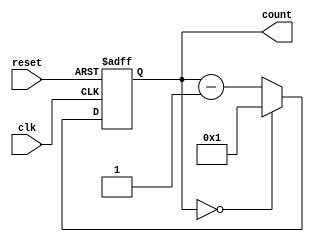
module contador_4bit_desc_lim5 (
  input clk, // Sinal de Clock (borda de subida)
  input reset, // Sinal de Reset
  output reg [3:0] count // Saída de 3 bits
);

  reg [3:0] next_count;

  always @(posedge clk or posedge reset) begin
    if (reset) begin
      // Se o sinal de Reset estiver ativo, resetamos para 5
      count <= 4'b0101;
    end else begin
      // Caso contrário, decrementamos o contador
      count <= next_count;
    end
  end

  always @* begin
    // Lógica para calcular o próximo valor do contador
    if (count == 3'b0000) begin
      next_count = 3'b1001; // Se o contador chegar a 0, resetamos para 9
    end else begin
      next_count = count - 1; // Caso contrário, decrementamos
    end
  end

endmodule